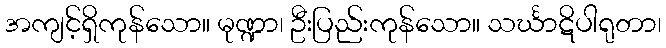
အကျင့်ရှိကုန်သော။ မုဏ္ဍာ၊ ဦးပြည်းကုန်သော။ သင်္ဃာဋိပါရုတာ၊